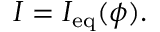
I = I _ { \mathrm { e q } } ( \phi ) .